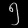
Digit: ၅